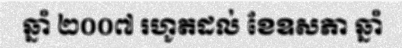
ឆ្នាំ ២០០៧ រហូតដល់ ខែឧសភា ឆ្នាំ